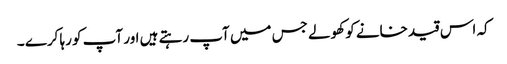
کہ اس قید خانے کو کھولے جس میں آپ رہتے ہیں اور آپ کو رہا کرے ۔